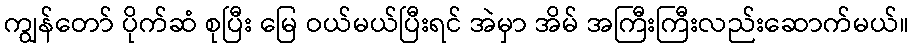
ကျွန်တော် ပိုက်ဆံ စုပြီး မြေ ဝယ်မယ်ပြီးရင် အဲမှာ အိမ် အကြီးကြီးလည်းဆောက်မယ်။